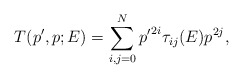
\begin{align*}T(p',p;E)=\sum_{i,j=0}^{N} {p'}^{2i} \tau_{ij}(E) p^{2j},\end{align*}